Calcutta medical institutions reports 1879-81 [i.e.91]
Year: 1879
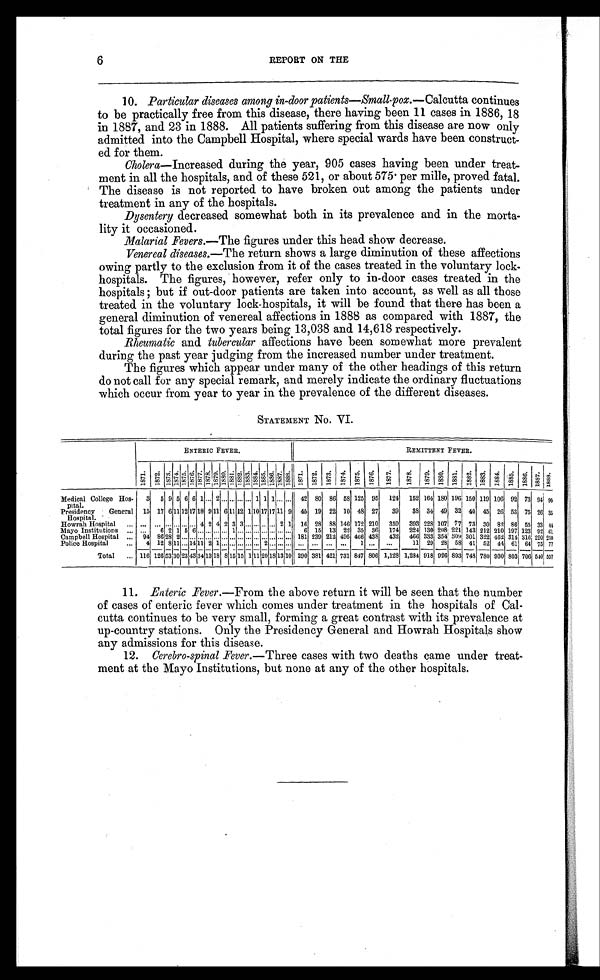
6
REPORT ON THE
10. Particular diseases among in-door patients—Small-pox —Calcutta continues
to be practically free from this disease, there having been 11 cases in 1886, 18
in 1887, and 23 in 1888. All patients suffering from this disease are now only
admitted into the Campbell Hospital, where special wards have been construct
- e d f o r t h e m .
Cholera —Increased during the year, 905 cases having been under treat-
ment in all the hospitals, and of these 521, or about 575 per mille, proved fatal.
The disease is not reported to have broken out among the patients under
treatment in any of the hospitals.
Dysentery decreased somewhat both in its prevalence and in the morta-
lity it occasioned.
Malarial Fevers.—The figures under this head show decrease.
Venereal diseases. —The return shows a large diminution of these affections
owing partly to the exclusion from it of the cases treated in the voluntary lock-
hospitals. The figures, however, refer only to in-door cases treated in the
hospitals ; but if out-door patients are taken into account, as well as all those
treated in the voluntary lock-hospitals, it will be found that there has been a
general diminution of venereal affections in 1888 as compared with 1887, the
total figures for the two years being 13,038 and 14,618 respectively.
Rheumatic and tubercular affections have been somewhat more prevalent
during the past year judging from the increased number under treatment.
The figures which appear under many of the other headings of this return
do not call for any special remark, and merely indicate the ordinary fluctuations
which occur from year to year in the prevalence of the different diseases.
STATEMENT No. VI.
ENTERIC FEVER.
R E M I T T E N T F E V E R .
1 8 7 1 . 1 8 7 2 . 1 8 7 3 . 1 8 7 4 . 1 8 7 5 . 1 8 7 6 . 1 8 7 7 . 1 8 7 8 .
1 8 7 9 . 1 8 8 0 . 1 8 8 1 . 1 8 8 2 . 1 8 8 3 . 1 8 8 4 . 1 8 8 5 . 1 8 8 6 . 1 8 8 7 . 1 8 8 8 . 1 8 7 1 . 1 8 7 2 . 1 8 7 3 . 1 8 7 4 . 1 8 7 5 . 1 8 7 6 .
1 8 7 7 .
1 8 7 8 .
1 8 7 9 . 1 8 8 0 . 1 8 8 1 . 1 8 8 2 .
1 8 8 3 . 1 8 8 4 . 1 8 8 5 . 1 8 8 6 . 1 8 8 7 . 1 8 8 8 .
Medical College Hos-
pital.
3 5 9 5 6 6 1 ... 2 ... ... ... ... 1 1 1 ...... . . . 42 80 86 58 125 95 124 152 1641 180 196 150 119 106 92 73 94 90
Presidency General
Hospital.
15 17 6 11 12 17 18 9 11 6 11 12 1 10 17 17 11 9 45 19 22 10 48 27 39 38 34 49 32 40 45 26 53 75 26 35
Howrah Hospital ... ... ... .
. . . . ..
4 2 4 2 3 3 ... ... ... ... 2 1 16 28 88 146 172 210 359 393 228 1071 77 73 30 82 86 55 33 44
Mayo Institutions ... . . 6 2 1 5 6 ... ... ... ... 1 ... ... ... ... ... ... .... 6 15 13 22 35 36 174 224 130 208 221 143 212 210 197 123 92 61
Campbell Hospital
. . 94 86 28 2 .... . . . . . . . . . ...... ... ... ... ... .. .
... ... 181 239 212 495 466 438 432 466 333 354 309 301 322 462 314 316 220 250
Police Hospital
. . 4 12 8 11 . . . 14 11 2 1 . . . . . . . . . . . . . . . 2 . . . . . . . . . ... . . . . . . . . . 1
. . .
. . . 11 29 28 58 41 52 44 61 64 75 77
Total ... 116 126 5 3 30 23 43 34 13 18 8 15 15 1 11 20 18 13 10 290 381 421 731 847 806 1,128 1,284 918 926 893 748 730 930 803 706 540 557
1 1 .
E n t e r i c F e v e r .
— F r o m
t h e a b o v e r e t u r n i t w i l l b e s e e n t h a t t h e n u m b e r
of cases of enteric fever which comes under treatment in the hospitals of Cal-
cutta continues to be very small, forming a great contrast with its prevalence at
up-country stations. Only the Presidency General and Howrah Hospitals show
any admissions for this disease.
12. Cerebro-spinal Fever.—Three cases with two deaths came under treat
-ment at the Mayo Institutions, but none at any of the other hospitals.